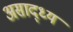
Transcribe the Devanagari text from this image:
असाद्ध्य